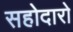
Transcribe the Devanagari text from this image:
सहोदारो